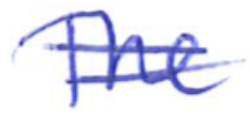
Text: The
Cross-out: double-line
Writing tool: ballpoint